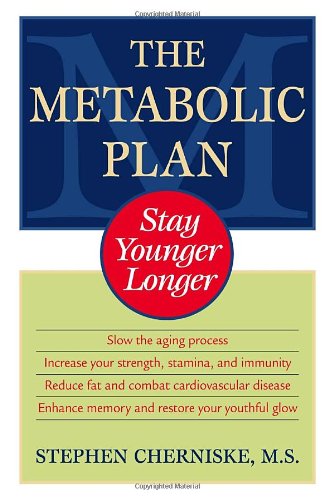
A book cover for The Metabolic Plan: Stay Younger Longer; Stephen Cherniske; Health, Fitness & Dieting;